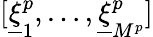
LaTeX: [\underline{{\xi}}_{1}^{p},\dots,\underline{{\xi}}_{M^{p}}^{p}]